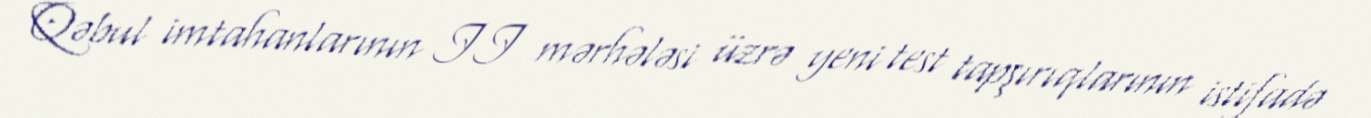
Qəbul imtahanlarının II mərhələsi üzrə yeni test tapşırıqlarının istifadə